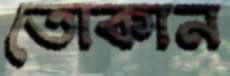
তোকান